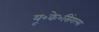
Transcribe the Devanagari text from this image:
यू॰के॰सिंगल्स